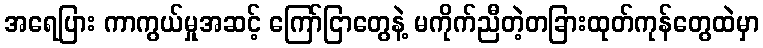
အရေပြား ကာကွယ်မှုအဆင့် ကြော်ငြာတွေနဲ့ မကိုက်ညီတဲ့တခြားထုတ်ကုန်တွေထဲမှာ